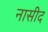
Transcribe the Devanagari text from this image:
नासीद